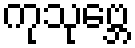
ကုသုဗ္ဘေ